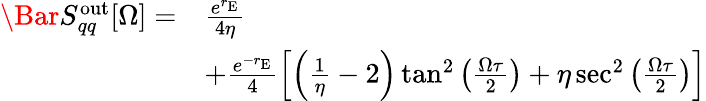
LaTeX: \begin{array}{rl}{\Bar{S}_{qq}^{\mathrm{out}}[\Omega]=}&{\frac{e^{r_{\mathrm{E}}}}{4\eta}}\\ &{+\frac{e^{-r_{\mathrm{E}}}}{4}\left[\left(\frac{1}{\eta}-2\right)\tan^{2}\left(\frac{\Omega\tau}{2}\right)+\eta\sec^{2}\left(\frac{\Omega\tau}{2}\right)\right]}\end{array}